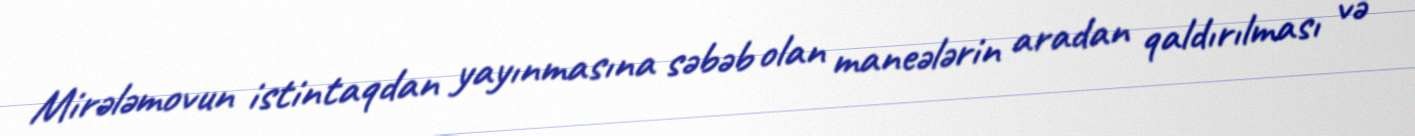
Mirələmovun istintaqdan yayınmasına səbəb olan maneələrin aradan qaldırılması və